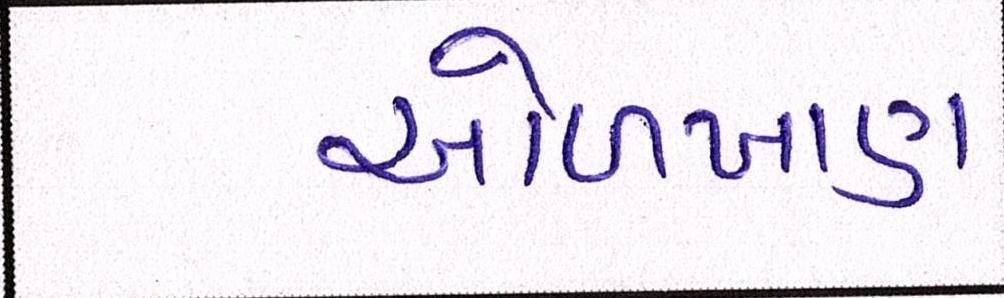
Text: ઓળખાણ